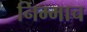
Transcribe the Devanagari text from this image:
निम्माच